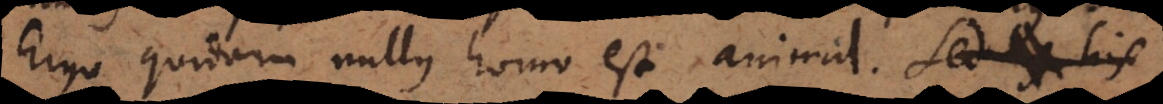
Ergo quidam nullus homo est animal. Sed his